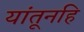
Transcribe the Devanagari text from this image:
यांतूनहि